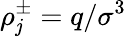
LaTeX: \rho_{\mathit{j}}^{\pm}=q/\sigma^{3}